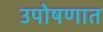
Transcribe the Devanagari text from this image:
उपोषणात